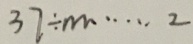
3 7 \div m \cdots 2